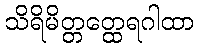
သိရိမိတ္တတ္ထေရဂါထာ